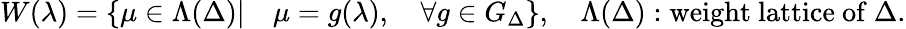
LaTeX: W({\lambda})=\{ \mu\in\Lambda(\Delta)|\quad\mu=g(\lambda),\quad\forall g\in G_{\Delta}\} ,\quad\Lambda(\Delta):\mathrm{weight~lattice~of}\ \Delta.